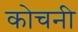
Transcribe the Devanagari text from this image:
कोचनी